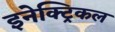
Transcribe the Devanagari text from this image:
इनेक्‍ट्रिकल